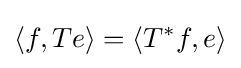
\langle f,Te\rangle =\langle T^{*}f,e\rangle